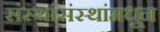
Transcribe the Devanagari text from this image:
संस्थांसंस्थांमधून